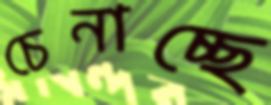
চেনাচ্ছে